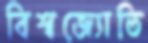
বিশ্বজ্যোতি